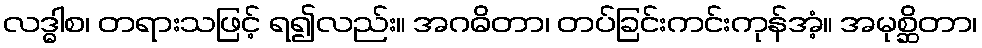
လဒ္ဓါစ၊ တရားသဖြင့် ရ၍လည်း။ အဂဓိတာ၊ တပ်ခြင်းကင်းကုန်အံ့။ အမုစ္ဆိတာ၊